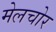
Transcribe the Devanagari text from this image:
मेलचोर